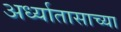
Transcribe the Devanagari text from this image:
अर्ध्यातासाच्या